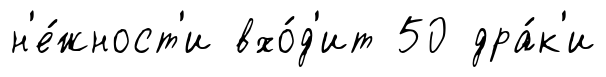
н'е́жност'и вхо́д'ит 50 дра́к'и